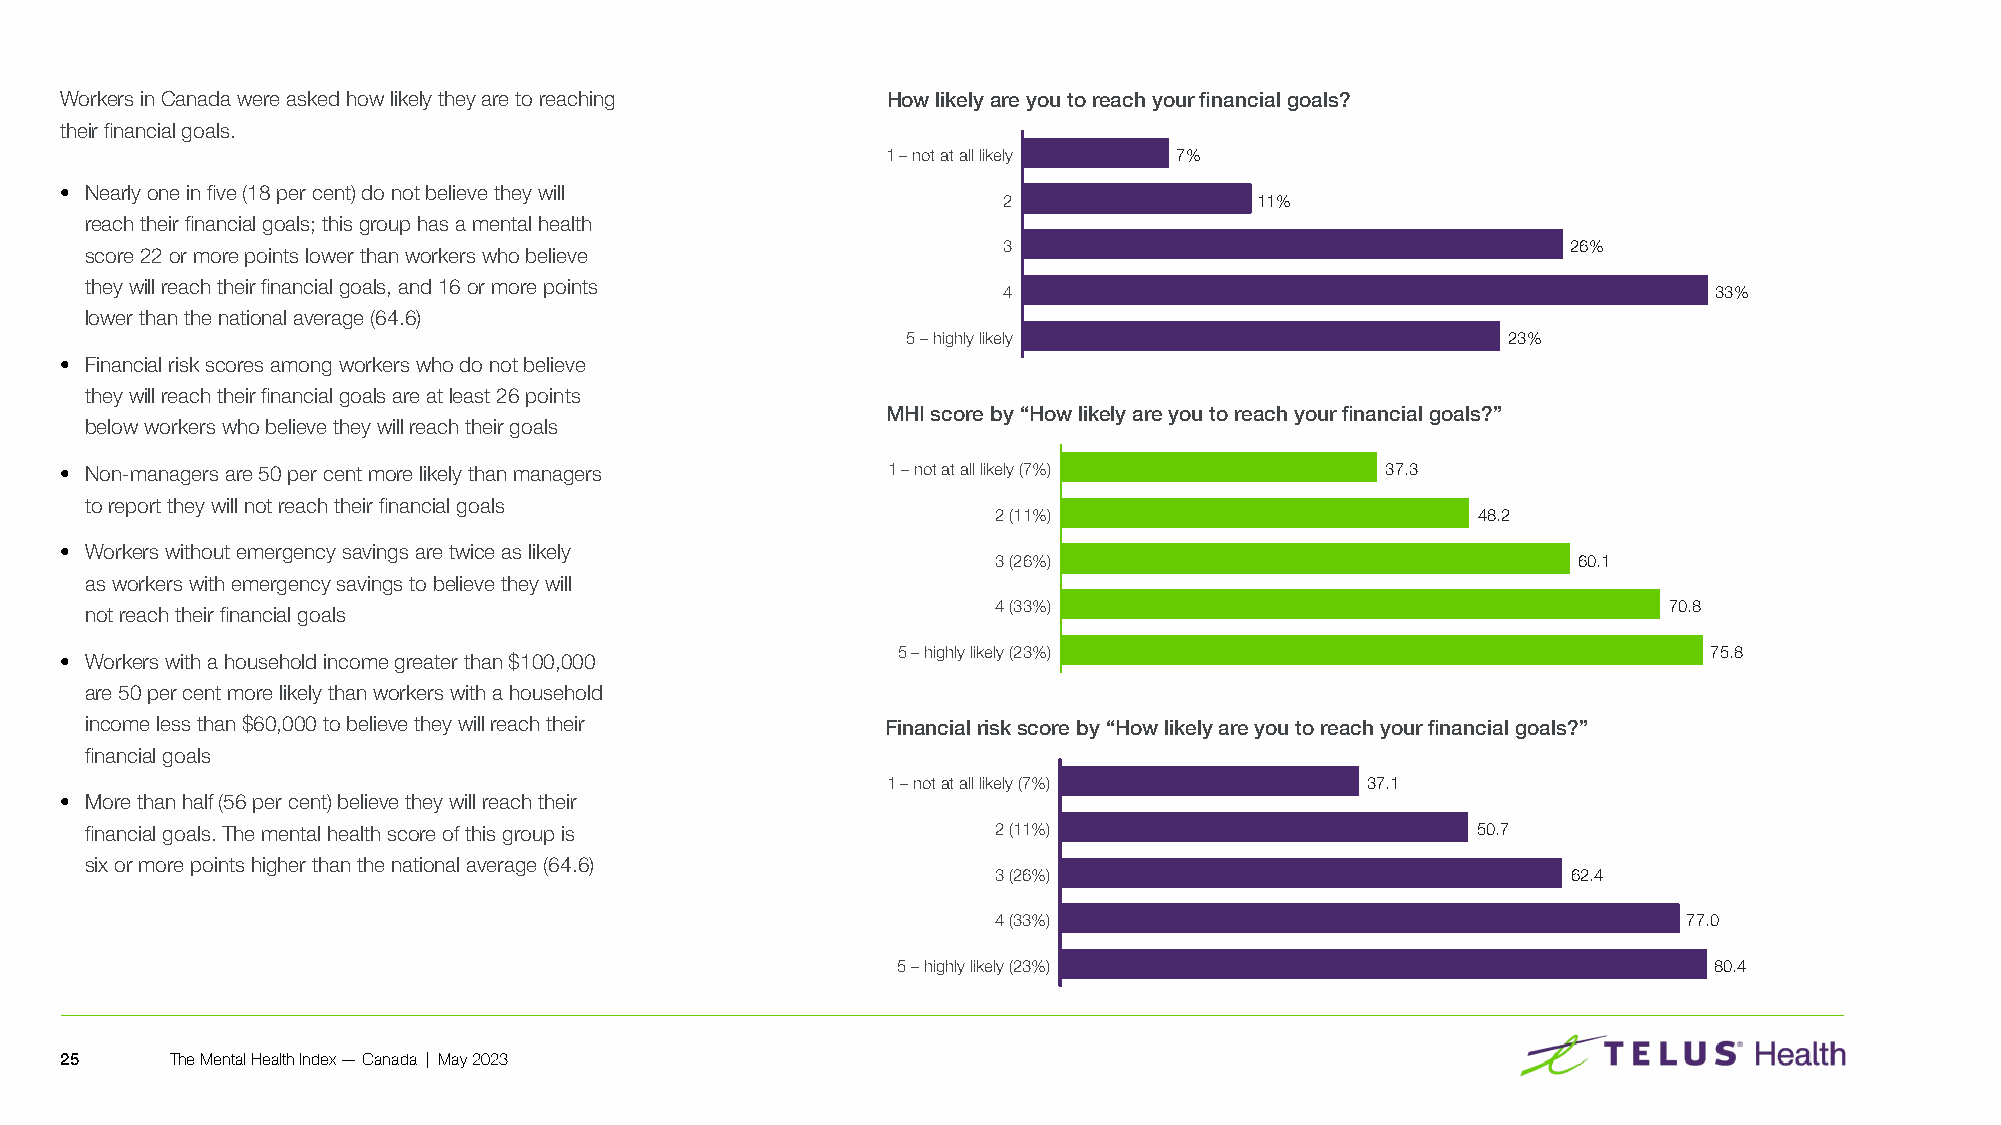
Workers in Canada were asked how likely they are to reaching How likely are you to reach your financial goals?
 their financial goals�
 1 – not at all likely 7%
 • Nearly one in five (18 per cent) do not believe they will
 2                11%
 reach their financial goals; this group has a mental health
 3                                     26%
 score 22 or more points lower than workers who believe
 they will reach their financial goals, and 16 or more points
 4                                              33%
 lower than the national average (64�6)
 5 – highly likely                       23%
 • Financial risk scores among workers who do not believe
 they will reach their financial goals are at least 26 points
 MHI score by “How likely are you to reach your financial goals?”
 below workers who believe they will reach their goals
 • Non-managers are 50 per cent more likely than managers 1 – not at all likely (7%)     37.3
 to report they will not reach their financial goals
 2 (11%)                         48.2
 • Workers without emergency savings are twice as likely
 3 (26%)                               60.1
 as workers with emergency savings to believe they will
 4 (33%)                                     70.8
 not reach their financial goals
 5 – highly likely (23%)                               75.8
 • Workers with a household income greater than $100,000
 are 50 per cent more likely than workers with a household
 income less than $60,000 to believe they will reach their Financial risk score by “How likely are you to reach your financial goals?”
 financial goals
 1 – not at all likely (7%)     37.1
 • More than half (56 per cent) believe they will reach their
 financial goals� The mental health score of this group is   2 (11%)                         50.7
 six or more points higher than the national average (64�6)
 3 (26%)                               62.4
 4 (33%)                                       77.0
 5 – highly likely (23%)                               80.4
 25     The Mental Health Index — Canada | May 2023